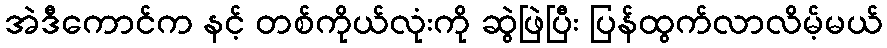
အဲဒီကောင်က နင့် တစ်ကိုယ်လုံးကို ဆွဲဖြဲပြီး ပြန်ထွက်လာလိမ့်မယ်